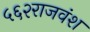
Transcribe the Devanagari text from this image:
५६२राजवंश